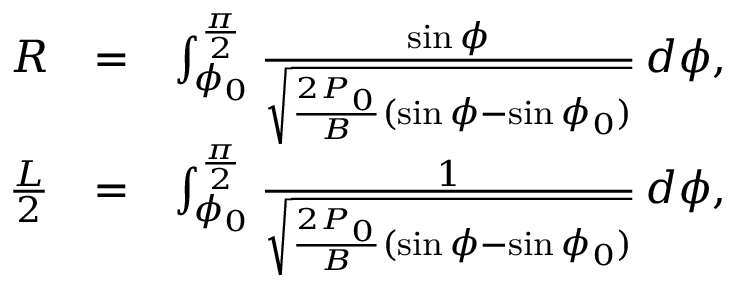
\begin{array} { r l r } { R } & { = } & { \int _ { \phi _ { 0 } } ^ { \frac { \pi } { 2 } } \frac { \sin \phi } { \sqrt { \frac { 2 P _ { 0 } } { B } ( \sin \phi - \sin \phi _ { 0 } ) } } \, d \phi , } \\ { \frac { L } { 2 } } & { = } & { \int _ { \phi _ { 0 } } ^ { \frac { \pi } { 2 } } \frac { 1 } { \sqrt { \frac { 2 P _ { 0 } } { B } ( \sin \phi - \sin \phi _ { 0 } ) } } \, d \phi , } \end{array}